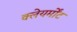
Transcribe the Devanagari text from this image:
क्लेयर्मोंट